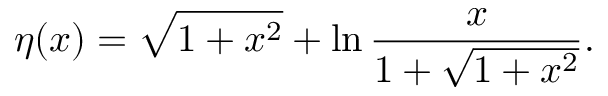
\eta ( x ) = \sqrt { 1 + x ^ { 2 } } + \ln \frac { x } { 1 + \sqrt { 1 + x ^ { 2 } } } .